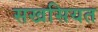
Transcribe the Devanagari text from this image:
सखसियत